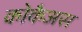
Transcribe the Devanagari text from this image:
कोकैअस